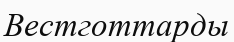
Вестготтарды